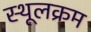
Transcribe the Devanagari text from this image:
स्थूलक्रम